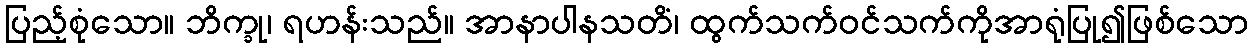
ပြည့်စုံသော။ ဘိက္ခု၊ ရဟန်းသည်။ အာနာပါနသတိံ၊ ထွက်သက်ဝင်သက်ကိုအာရုံပြု၍ဖြစ်သော